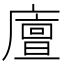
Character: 𢋃